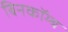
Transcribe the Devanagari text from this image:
बिनकॉम्ब